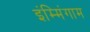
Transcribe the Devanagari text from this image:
इंम्मिंगाम